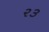
ર૩